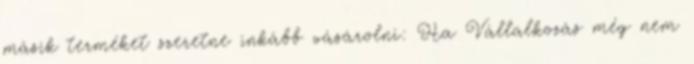
másik terméket szeretne inkább vásárolni: Ha Vállalkozás még nem